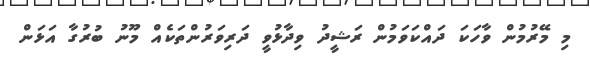
މި މޭރުމުން ވާހަކަ ދައްކަވަމުން ރަޝީދު ވިދާޅުވީ ދަރިވަރުންތަކެއް މޫނު ބުރުގާ އަޅަން